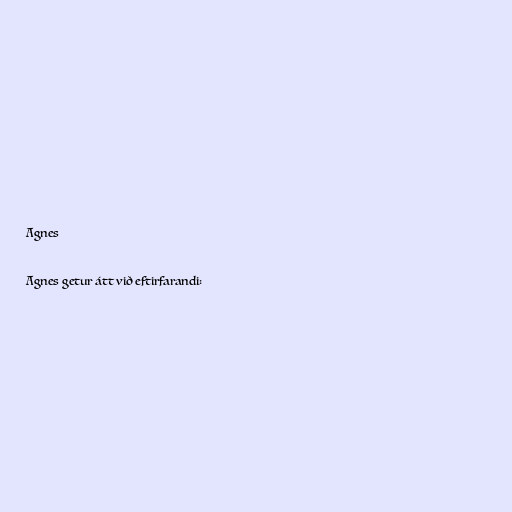
Agnes

Agnes getur átt við eftirfarandi: